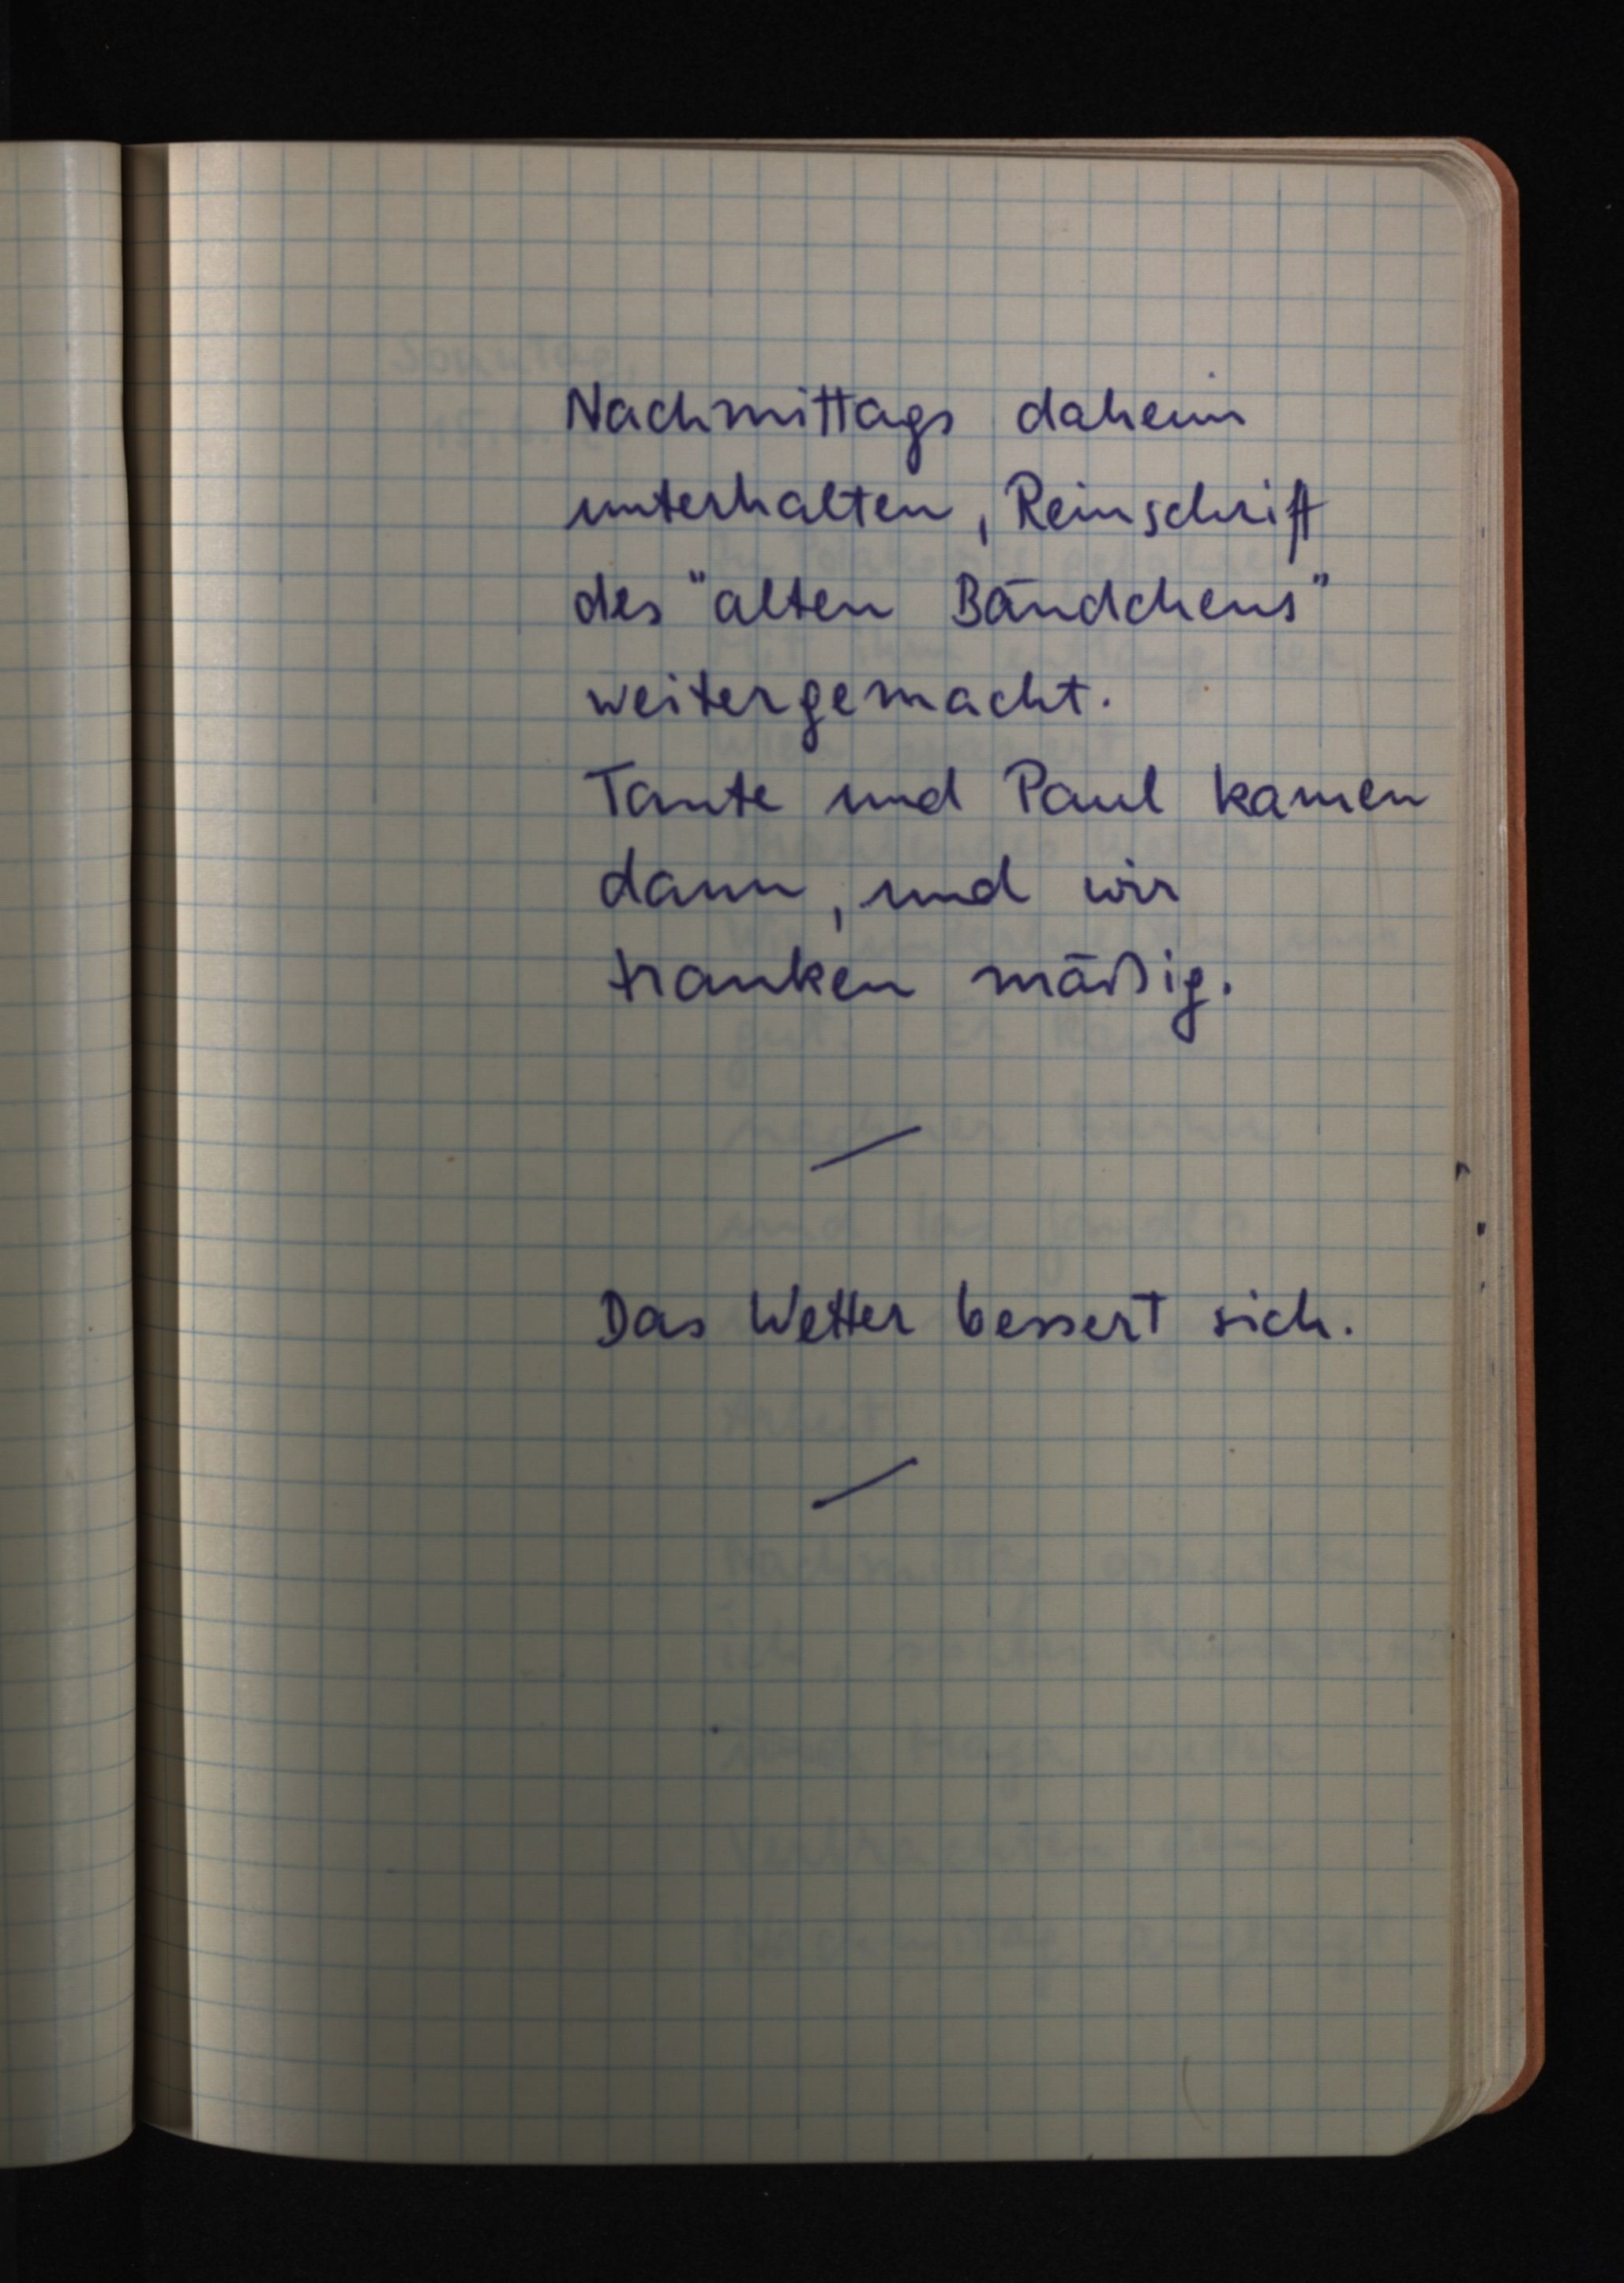
Nachmittags daheim
unterhalten, Reinschrift
des "alten Bändchens"
weitergemacht.
Tante und Paul kamen
dann, und wir
tranken mäßig.
Das Wetter bessert sich.